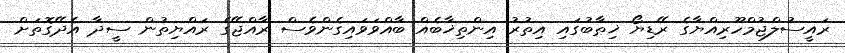
ރައީސުލްޖުމްހޫރިއްޔާގެ ރޭޑިޔޯ ޚިޠާބުގައި އިތުރު އިންތިޚާބެއް ބާއްވަވައިގެންވެސް ރާއްޖޭގެ ރައްޔިތުން ސީދާ އެދޭގޮތަށް